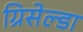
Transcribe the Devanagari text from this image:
ग्रिसेल्डा